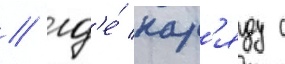
/ гд'е́ нар'яду с